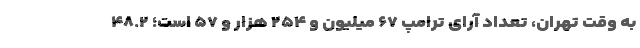
به وقت تهران، تعداد آرای ترامپ ۶۷ میلیون و ۲۵۴ هزار و ۵۷ است؛ ۴۸.۲